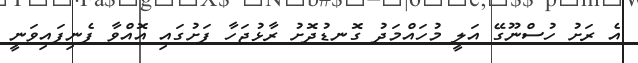
އެ ރަށު ހުސްނޫގޭ އަލީ މުހައްމަދު ގޮނޑުދޮށު ރާޅުޖަހާ ފަށުގައި އޮއްވާ ފެނިފައިވަނީ